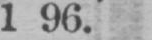
1 96.